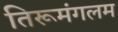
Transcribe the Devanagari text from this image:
तिरूमंगलम